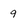
Character: 9